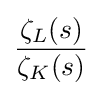
{\frac {\zeta _{L}(s)}{\zeta _{K}(s)}}